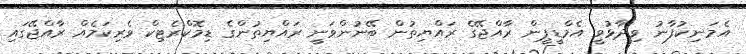
އެމަނިކުފާނު ވިދާޅުވީ އެމްޑީޕީން ރާއްޖޭގެ ރައްޔިތުން ބޭނުންވަނީ ރައްޔިތުންގެ ޑިމޮކްރެޓިކް ވެރިކަމެއް ރާއްޖޭގައި